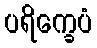
ပရိက္ခေပံ